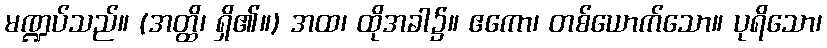
မဏ္ဍပ်သည်။ (အတ္ထိ၊ ရှိ၏။) အထ၊ ထိုအခါ၌။ ဧကော၊ တစ်ယောက်သော။ ပုရိသော၊